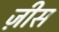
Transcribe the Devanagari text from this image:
ज़ीस